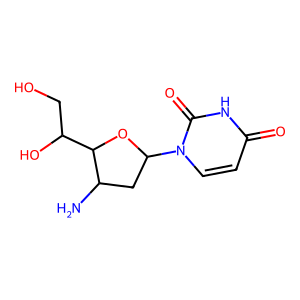
SMILES: NC1CC(n2ccc(=O)[nH]c2=O)OC1C(O)CO
Inhibits HIV replication: No